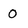
Character: 0